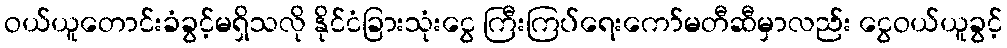
ဝယ်ယူတောင်းခံခွင့်မရှိသလို နိုင်ငံခြားသုံးငွေ ကြီးကြပ်ရေးကော်မတီဆီမှာလည်း ငွေဝယ်ယူခွင့်